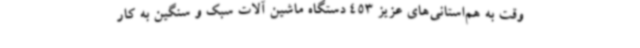
وقت به هم‌استانی‌های عزیز 453 دستگاه ماشین آلات سبک و سنگین به کار